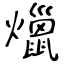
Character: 爉